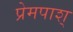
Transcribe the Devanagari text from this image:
प्रेमपाश्